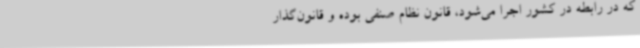
که در رابطه در کشور اجرا می‌شود، قانون نظام صنفی بوده و قانون‌گذار